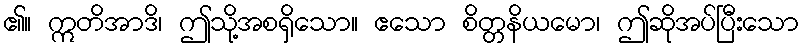
၏။ ဣတိအာဒိ၊ ဤသို့အစရှိသော။ ဧသော စိတ္တနိယမော၊ ဤဆိုအပ်ပြီးသော